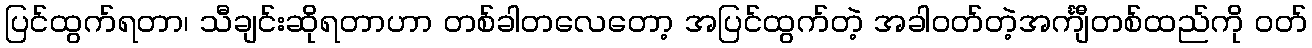
ပြင်ထွက်ရတာ၊ သီချင်းဆိုရတာဟာ တစ်ခါတလေတော့ အပြင်ထွက်တဲ့ အခါဝတ်တဲ့အင်္ကျီတစ်ထည်ကို ဝတ်